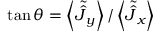
\tan \theta = \left\langle \tilde { \hat { J } } _ { y } \right\rangle / \left\langle \tilde { \hat { J } } _ { x } \right\rangle